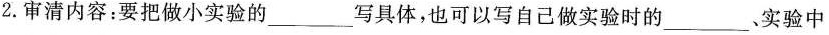
2.审清内容：要把做小实验的______写具体，也可以写自己做实验时的_。实验中